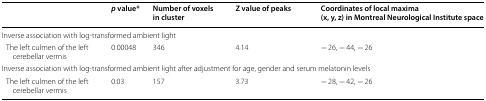
<table><thead><tr><td></td><td><b><i>p</i> value*</b></td><td><b>Number of voxels in cluster</b></td><td><b>Z value of peaks</b></td><td><b>Coordinates of local maxima(x, y, z) in Montreal Neurological Institute space</b></td></tr></thead><tbody><tr><td colspan="5">Inverse association with log-transformed ambient light</td></tr><tr><td> The left culmen of the left cerebellar vermis</td><td>0.00048</td><td>346</td><td>4.14</td><td>− 26, − 44, − 26</td></tr><tr><td colspan="5">Inverse association with log-transformed ambient light after adjustment for age, gender and serum melatonin levels</td></tr><tr><td> The left culmen of the left cerebellar vermis</td><td>0.03</td><td>157</td><td>3.73</td><td>− 28, − 42, − 26</td></tr></tbody></table>